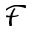
\mathcal { F }